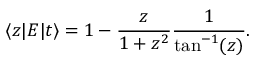
\langle z | E | t \rangle = 1 - \frac { z } { 1 + z ^ { 2 } } \frac { 1 } { \tan ^ { - 1 } ( z ) } .